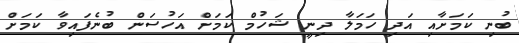
ބުނި ކަމަށާއި އަދި ހަމަލާ ދިނީ ޝަހުމް ކަމަށް އަހުސަން ބުނެފައިވާ ކަމަށް